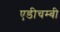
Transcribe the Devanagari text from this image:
एडीचम्बी